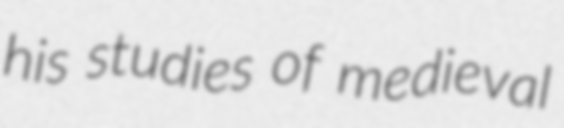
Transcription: his studies of medieval